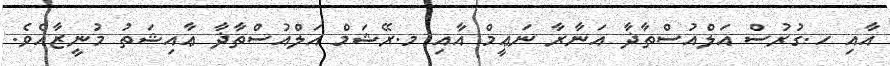
އާއި ހ.ގުރުސް އަލްއުސްތާޛާ އަނާރާ ނަޢީމް އާއި މ.ރޭޝަމް އަލްއުސްތާޛާ ޢާއިޝަތު މުނީޒާއެވެ.